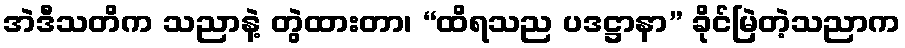
အဲဒီသတိက သညာနဲ့ တွဲထားတာ၊ “ထိရသည ပဒဋ္ဌာနာ” ခိုင်မြဲတဲ့သညာက